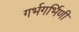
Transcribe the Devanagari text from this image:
गर्भगर्भिणी